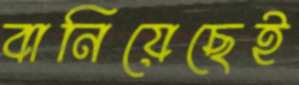
বানিয়েছেই